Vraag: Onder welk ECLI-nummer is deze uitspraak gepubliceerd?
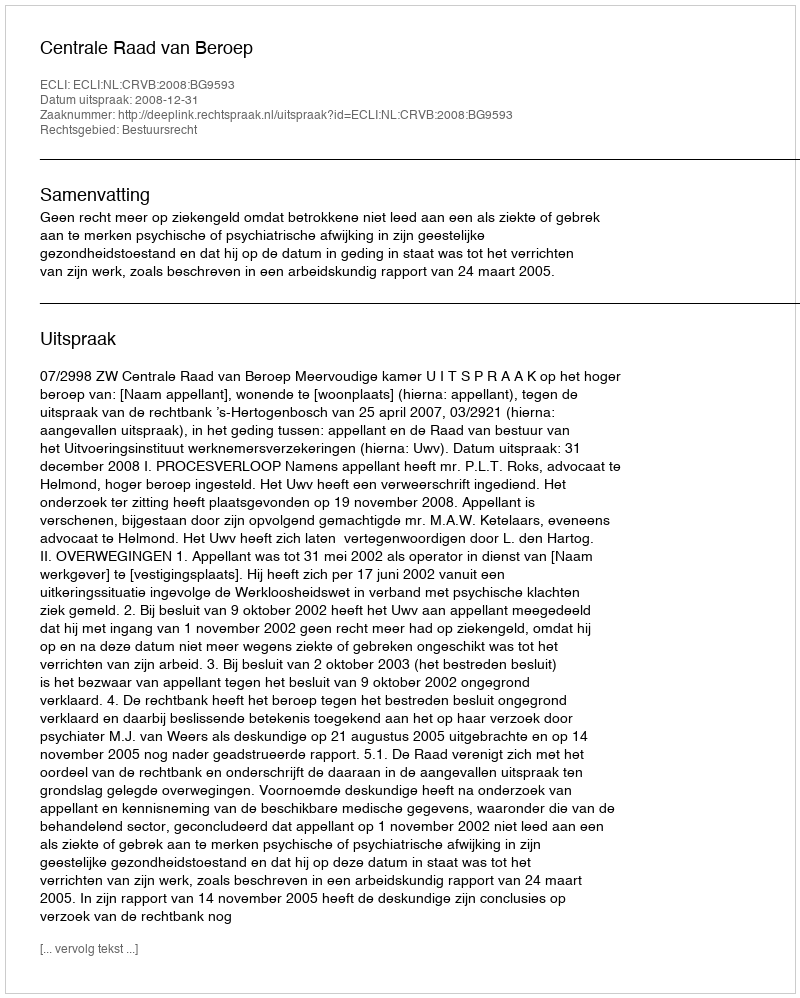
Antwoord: ECLI:NL:CRVB:2008:BG9593